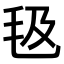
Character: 𣬬